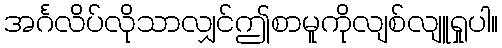
အင်္ဂလိပ်လိုသာလျှင်ဤစာမူကိုလျစ်လျူရှုပါ။